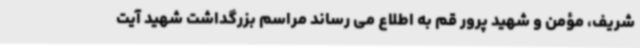
شریف، مؤمن و شهید پرور قم به اطلاع می رساند مراسم بزرگداشت شهید آیت